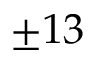
\pm 1 3